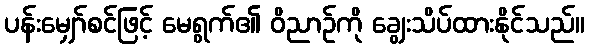
ပန်းမျှော်စင်ဖြင့် မေရွက်၏ ဝိညာဉ်ကို ချွေးသိပ်ထားနိုင်သည်။